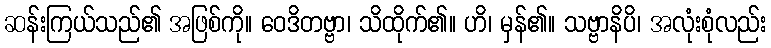
ဆန်းကြယ်သည်၏ အဖြစ်ကို။ ဝေဒိတဗ္ဗာ၊ သိထိုက်၏။ ဟိ၊ မှန်၏။ သဗ္ဗာနိပိ၊ အလုံးစုံလည်း